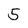
Character: 5